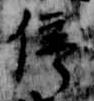
停